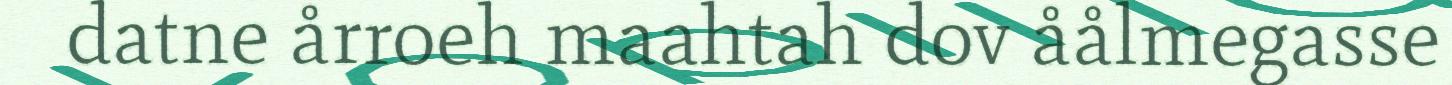
datne årroeh maahtah dov åålmegasse